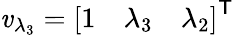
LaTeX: \mathit{v}_{\lambda_{3}}={\left[\begin{array}{lll}{1}&{\lambda_{3}}&{\lambda_{2}}\end{array}\right]}^{\textsf{{T}}}